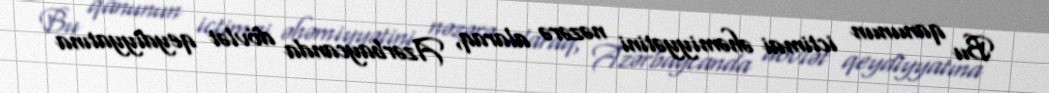
Bu qanunun ictimai əhəmiyyətini nəzərə alaraq, Azərbaycanda dövlət qeydiyyatına